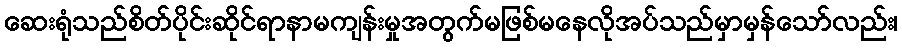
ဆေးရုံသည်စိတ်ပိုင်းဆိုင်ရာနာမကျန်းမှုအတွက်မဖြစ်မနေလိုအပ်သည်မှာမှန်သော်လည်း၊